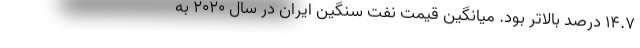
۱۴.۷ درصد بالاتر بود. میانگین قیمت نفت سنگین ایران در سال ۲۰۲۰ به